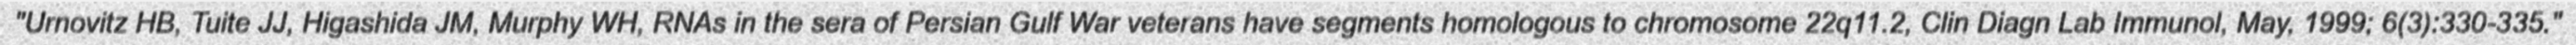
"Urnovitz HB, Tuite JJ, Higashida JM, Murphy WH, RNAs in the sera of Persian Gulf War veterans have segments homologous to chromosome 22q11.2, Clin Diagn Lab Immunol, May, 1999; 6(3):330-335."